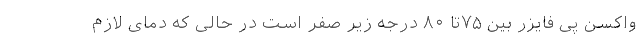
واکسن پی فایزر بین ۷۵تا ۸۰ درجه زیر صفر است در حالی که دمای لازم